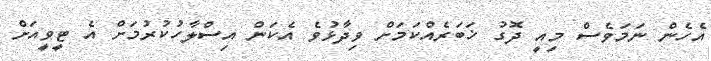
އެހެން ނަމަވެސް މިއީ ދޮގު ޚަބަރެއްކަމަށް ވިދާޅުވެ އެކަން އިސްލާހުކުރުމަށް އެ ޓީވީއަށް